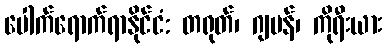
ပေါက်ရောက်ရာနိုင်ငံ: တရုတ်၊ ဂျပန်၊ ကိုရီးယား